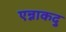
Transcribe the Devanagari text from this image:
एन्नाकदु